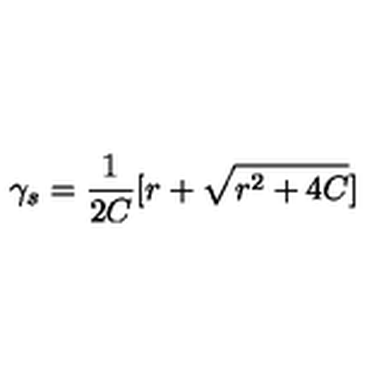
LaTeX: \gamma _ { s } = \frac { 1 } { 2 C } [ r + \sqrt { r ^ { 2 } + 4 C } ]